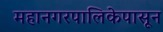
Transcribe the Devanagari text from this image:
महानगरपालिकेपासून